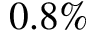
0 . 8 \%